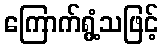
ကြောက်ရွံ့သဖြင့်